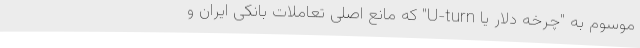
موسوم به "چرخه دلار یا U-turn" که مانع اصلی تعاملات بانکی ایران و